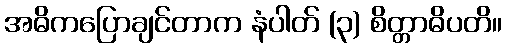
အဓိကပြောချင်တာက နံပါတ် (၃) စိတ္တာဓိပတိ။